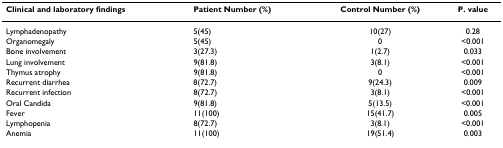
<table><thead><tr><td><b>Clinical and laboratory findings</b></td><td><b>Patient Number (%)</b></td><td><b>Control Number (%)</b></td><td><b>P. value</b></td></tr></thead><tbody><tr><td>Lymphadenopathy</td><td>5(45)</td><td>10(27)</td><td>0.28</td></tr><tr><td>Organomegaly</td><td>5(45)</td><td>0</td><td>&lt;0.001</td></tr><tr><td>Bone involvement</td><td>3(27.3)</td><td>1(2.7)</td><td>0.033</td></tr><tr><td>Lung involvement</td><td>9(81.8)</td><td>3(8.1)</td><td>&lt;0.001</td></tr><tr><td>Thymus atrophy</td><td>9(81.8)</td><td>0</td><td>&lt;0.001</td></tr><tr><td>Recurrent diarrhea</td><td>8(72.7)</td><td>9(24.3)</td><td>0.009</td></tr><tr><td>Recurrent infection</td><td>8(72.7)</td><td>3(8.1)</td><td>&lt;0.001</td></tr><tr><td>Oral Candida</td><td>9(81.8)</td><td>5(13.5)</td><td>&lt;0.001</td></tr><tr><td>Fever</td><td>11(100)</td><td>15(41.7)</td><td>0.005</td></tr><tr><td>Lymphopenia</td><td>8(72.7)</td><td>3(8.1)</td><td>&lt;0.001</td></tr><tr><td>Anemia</td><td>11(100)</td><td>19(51.4)</td><td>0.003</td></tr></tbody></table>